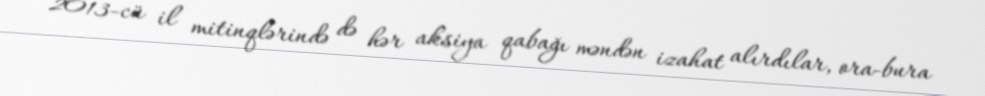
2013-cü il mitinqlərində də hər aksiya qabağı məndən izahat alırdılar, ora-bura